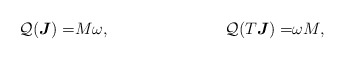
\begin{align*}\mathcal Q(\boldsymbol J)=&M\omega, &\mathcal Q(T\boldsymbol J)=&\omega M,\end{align*}